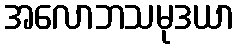
အလောဘသမုဒယာ